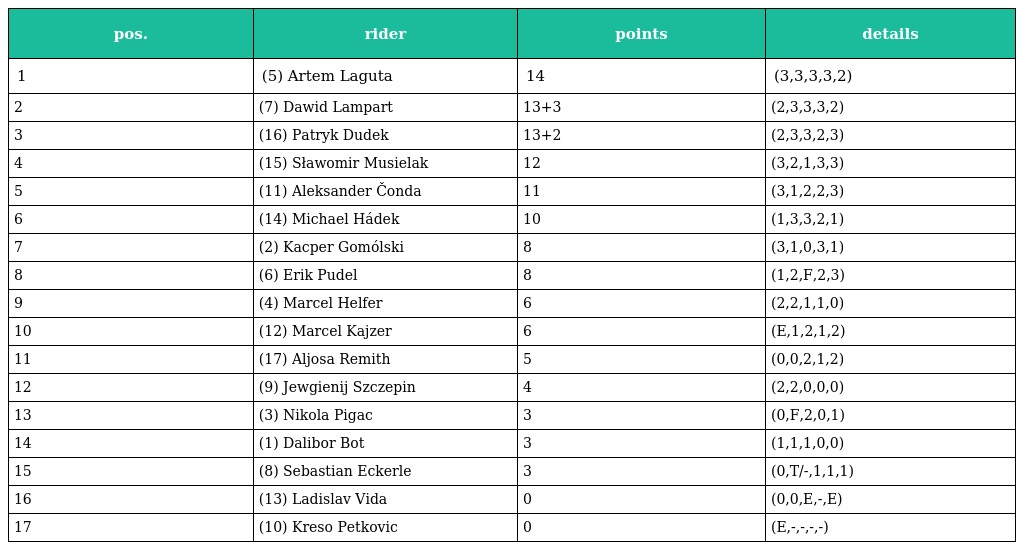
| pos. | rider | points | details |
 | --- | --- | --- | --- |
 | 1 | (5) Artem Laguta | 14 | (3,3,3,3,2) |
 | 2 | (7) Dawid Lampart | 13+3 | (2,3,3,3,2) |
 | 3 | (16) Patryk Dudek | 13+2 | (2,3,3,2,3) |
 | 4 | (15) Sławomir Musielak | 12 | (3,2,1,3,3) |
 | 5 | (11) Aleksander Čonda | 11 | (3,1,2,2,3) |
 | 6 | (14) Michael Hádek | 10 | (1,3,3,2,1) |
 | 7 | (2) Kacper Gomólski | 8 | (3,1,0,3,1) |
 | 8 | (6) Erik Pudel | 8 | (1,2,F,2,3) |
 | 9 | (4) Marcel Helfer | 6 | (2,2,1,1,0) |
 | 10 | (12) Marcel Kajzer | 6 | (E,1,2,1,2) |
 | 11 | (17) Aljosa Remith | 5 | (0,0,2,1,2) |
 | 12 | (9) Jewgienij Szczepin | 4 | (2,2,0,0,0) |
 | 13 | (3) Nikola Pigac | 3 | (0,F,2,0,1) |
 | 14 | (1) Dalibor Bot | 3 | (1,1,1,0,0) |
 | 15 | (8) Sebastian Eckerle | 3 | (0,T/-,1,1,1) |
 | 16 | (13) Ladislav Vida | 0 | (0,0,E,-,E) |
 | 17 | (10) Kreso Petkovic | 0 | (E,-,-,-,-) |